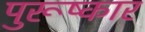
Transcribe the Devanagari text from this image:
पुरूष्कार